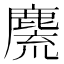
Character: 麍